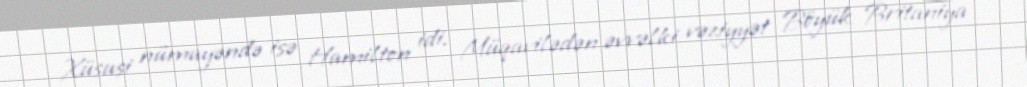
Xüsusi nümayəndə isə Hamilton idi. Müqavilədən əvvəlki vəziyyət Böyük Britaniya